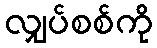
လျှပ်စစ်ကို